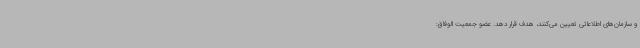
و سازمان‌های اطلاعاتی تعیین می‌کنند، هدف قرار دهد. عضو جمعیت الوفاق: